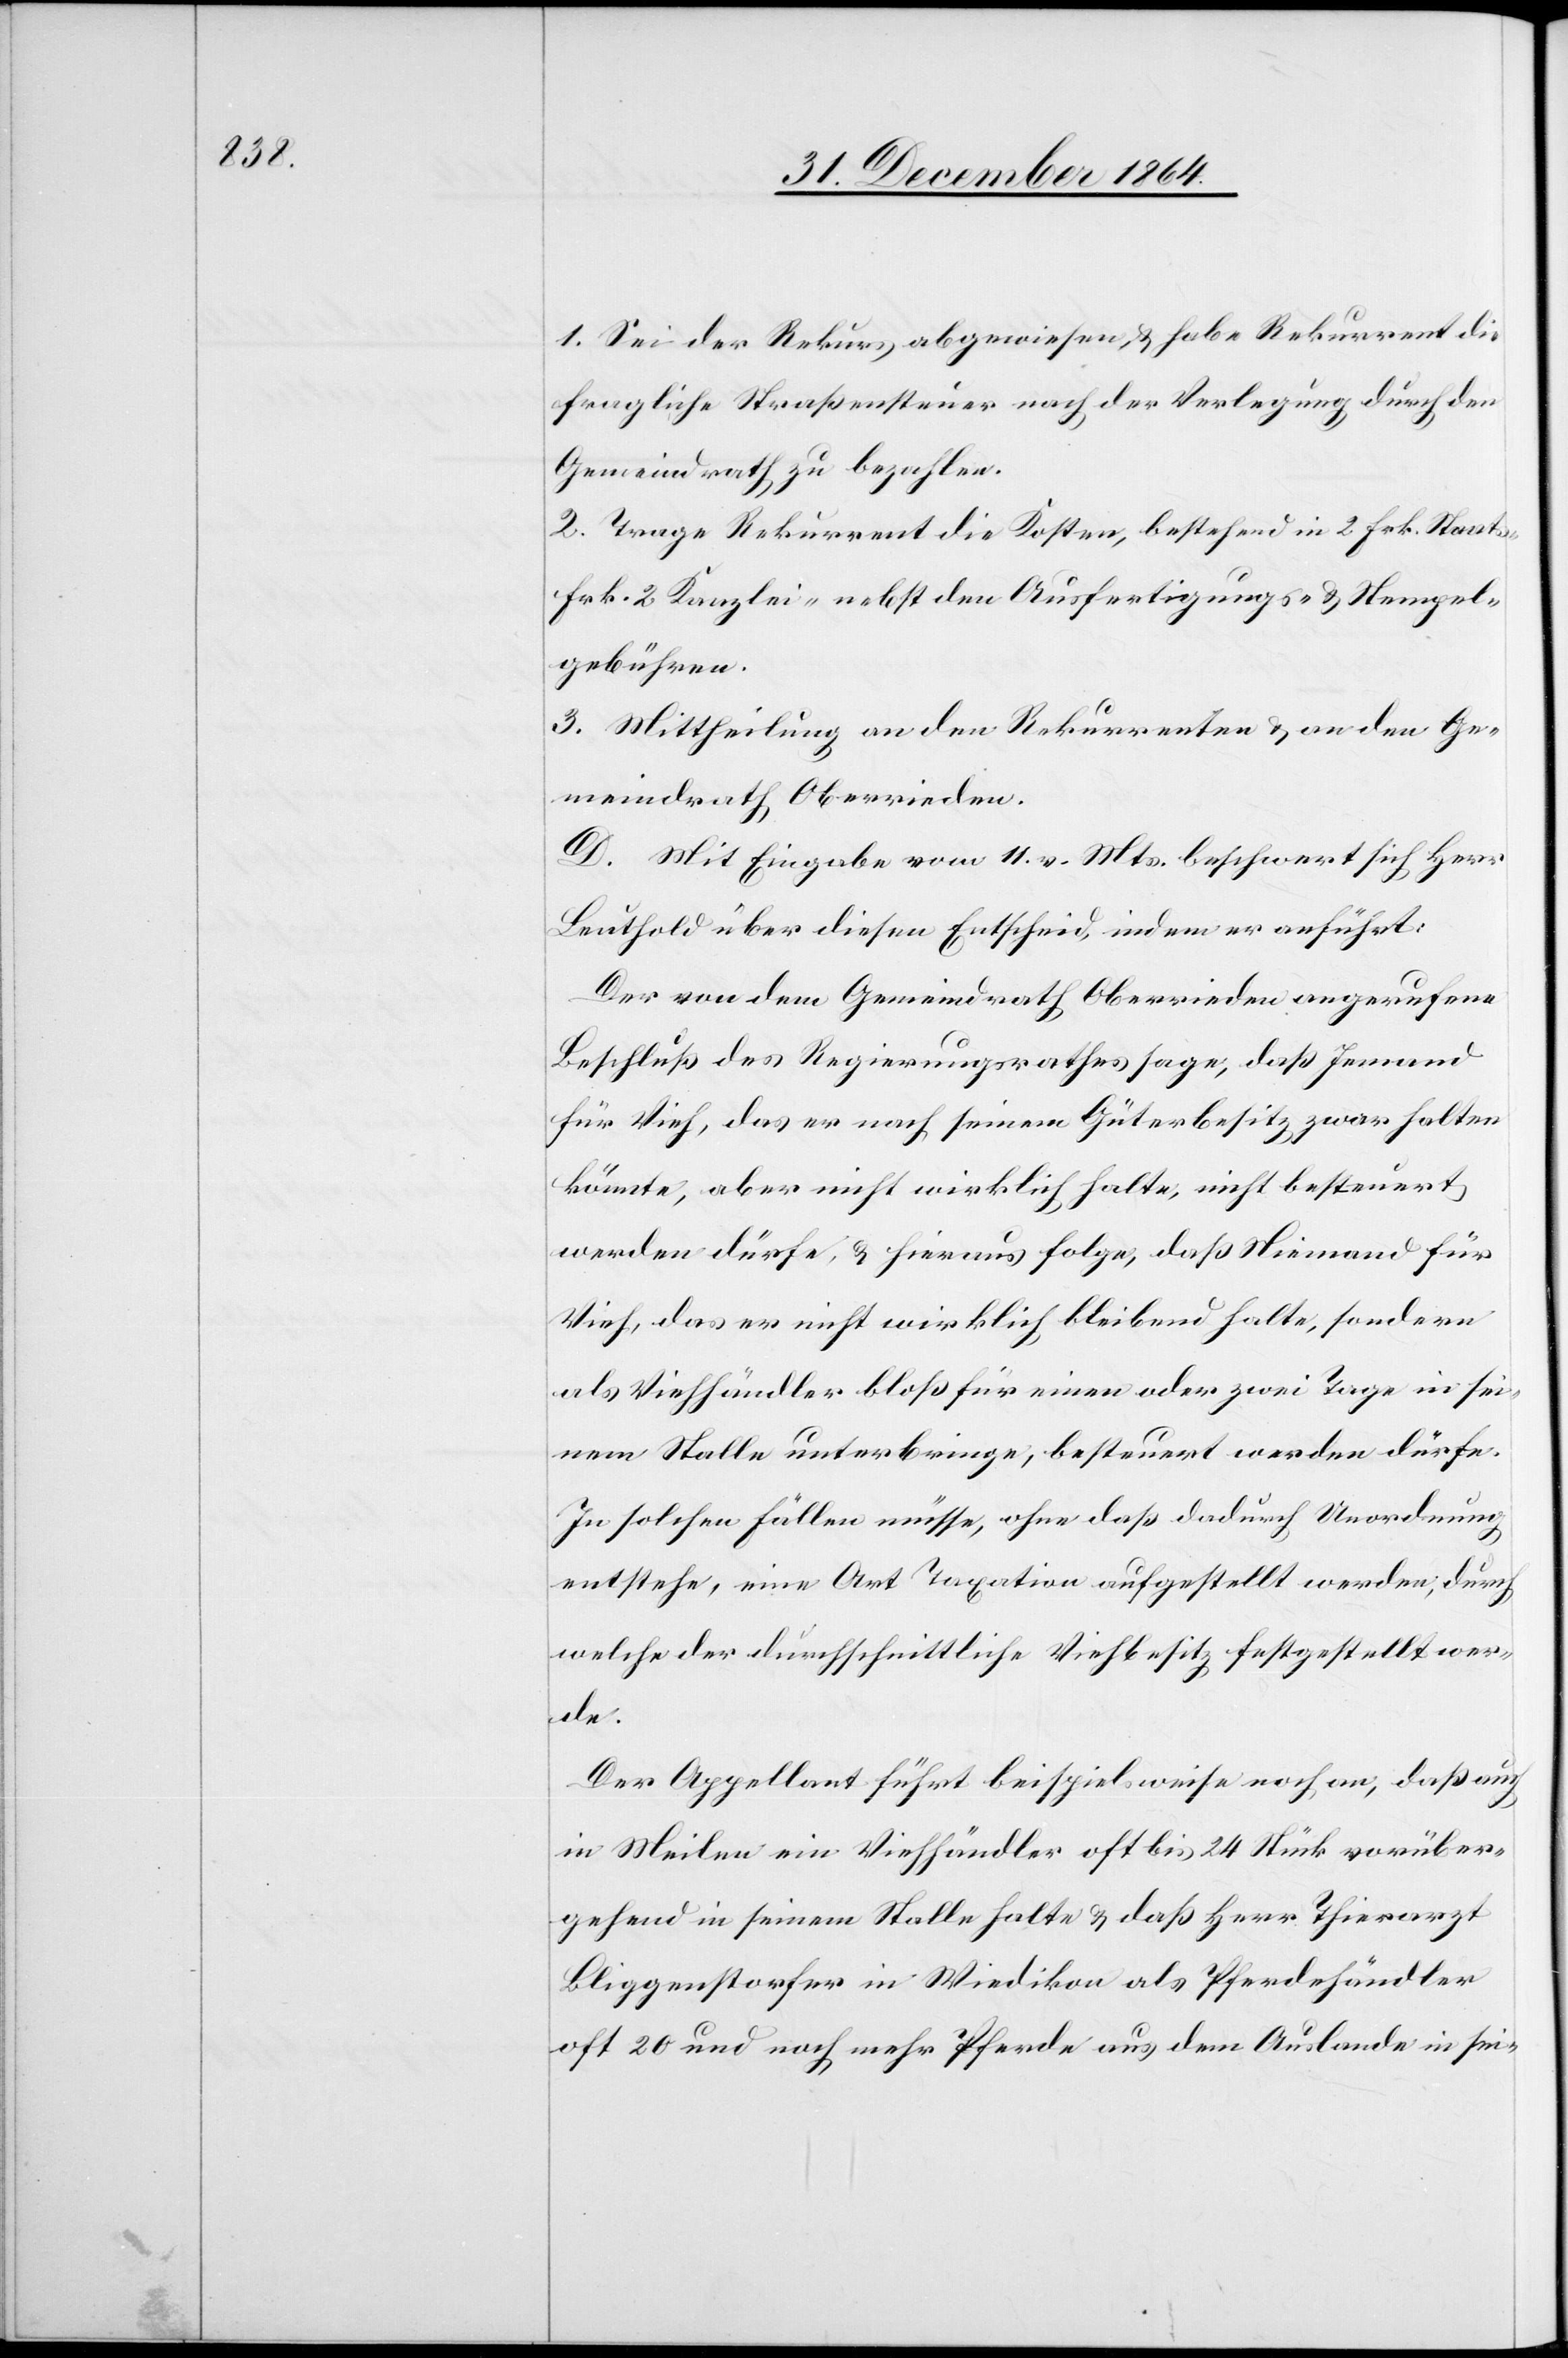
1. Sei der Rekurs abgewiesen, & habe Rekurrent die
fragliche Straßensteuer nach der Verlegung durch den
Gemeindrath zu bezahlen.
2. Trage Rekurrent die Kosten, bestehend in 2 Frk. Staats-
Frk. 2 Kanzlei- nebst den Ausfertigungs- & Stempel¬
gebühren.
3. Mittheilung an den Rekurrenten & an den Ge¬
meindrath Oberrieden.
D. Mit Eingabe vom 11. v. Mts. beschwert sich Herr
Leuthold über diesen Entscheid, indem er anführt:
Der von dem Gemeindrath Oberrieden angerufene
Beschluß des Regierungsrathes sage, daß Jemand
für Vieh, das er nach seinem Güterbesitz zwar halten
könnte, aber nicht wirklich halte, nicht besteuert
werden dürfe, & hieraus folge, daß Niemand für
Vieh, das er nicht wirklich bleibend halte, sondern
als Viehhändler bloß für einen oder zwei Tage in sei¬
nem Stalle unterbringe, besteuert werden dürfe.
In solchen Fällen müsse, ohne daß dadurch Unordnung
entstehe, eine Art Taxation aufgestellt werden, durch
welche der durchschnittliche Viehbesitz festgestellt wer¬
de.
Der Appellant führt beispielsweise noch an, daß auch
in Meilen ein Viehhändler oft bis 24 Stück vorüber¬
gehend in seinem Stalle halte & daß Herr Thierarzt
Bliggenstorfer in Wiedikon als Pferdehändler
oft 20 und noch mehr Pferde aus dem Auslande in sei-